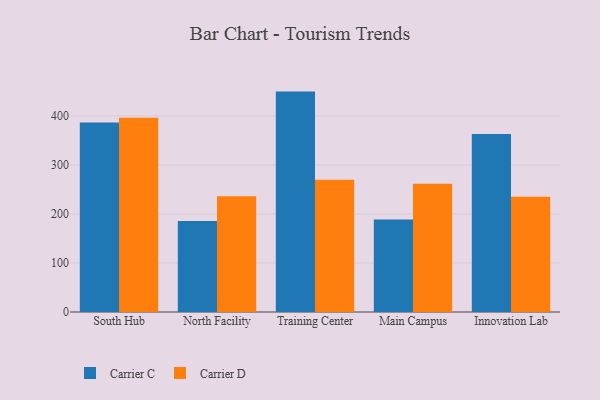
{"axis": {"x": "Campus", "y": "Operating Costs (USD K)"}, "legend": ["Carrier C", "Carrier D"], "data": [{"x": "South Hub", "y": 386.7, "type": "Carrier C"}, {"x": "South Hub", "y": 396.5, "type": "Carrier D"}, {"x": "North Facility", "y": 185.8, "type": "Carrier C"}, {"x": "North Facility", "y": 236.4, "type": "Carrier D"}, {"x": "Training Center", "y": 449.7, "type": "Carrier C"}, {"x": "Training Center", "y": 269.7, "type": "Carrier D"}, {"x": "Main Campus", "y": 188.5, "type": "Carrier C"}, {"x": "Main Campus", "y": 261.8, "type": "Carrier D"}, {"x": "Innovation Lab", "y": 363.3, "type": "Carrier C"}, {"x": "Innovation Lab", "y": 235.1, "type": "Carrier D"}]}